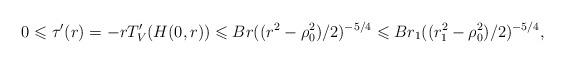
LaTeX: \begin{align*} 0\leqslant \tau'(r) =-rT_V'(H(0,r)) \leqslant Br((r^2-\rho_0^2)/2)^{-5/4}\leqslant Br_1((r_1^2-\rho_0^2)/2)^{-5/4},\end{align*}